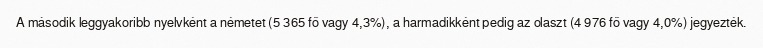
A második leggyakoribb nyelvként a németet (5 365 fő vagy 4,3%), a harmadikként pedig az olaszt (4 976 fő vagy 4,0%) jegyezték.